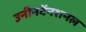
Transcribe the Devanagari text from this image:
उनीनटेंनशनल